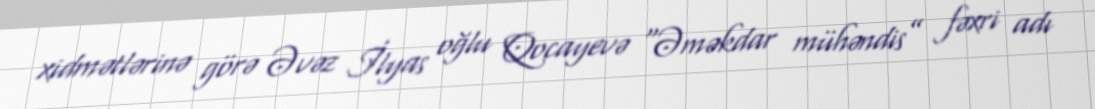
xidmətlərinə görə Əvəz İlyas oğlu Qocayevə “Əməkdar mühəndis” fəxri adı